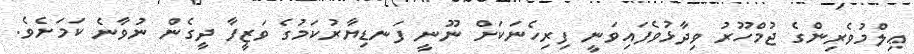
ޢިލްމުވެރިންގެ ޖުމްހޫރު ވިދާޅުވެފައިވަނީ ފިރިހެނަކަށް ނޫނީ ފަނޑިޔާރުކަމުގެ ވަޒީފާ ދީގެން ނުވާނެ ކަމަށެވެ.